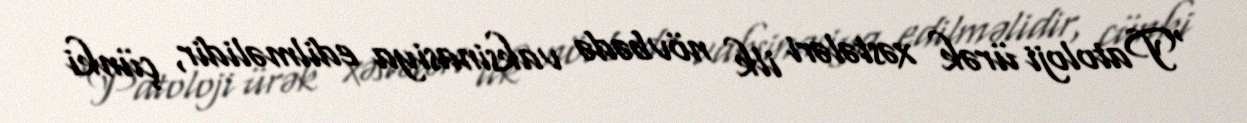
“Patoloji ürək xəstələri ilk növbədə vaksinasiya edilməlidir, çünki